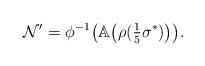
LaTeX: \begin{align*}\mathcal{N}'=\phi^{-1}\big(\mathbb{A}\big(\rho(\tfrac15\sigma^*)\big)\big).\end{align*}